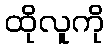
ထိုလူကို